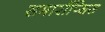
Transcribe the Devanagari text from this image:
समारॉप्सिस